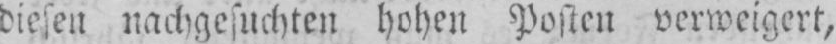
diesen nachgesuchten hohen Posten verweigert,